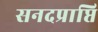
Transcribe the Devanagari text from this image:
सनदप्राप्ति